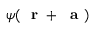
\psi ( \mathrm { ~ \bf ~ r ~ } + { \mathrm { ~ \bf ~ a ~ } } )